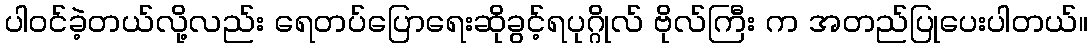
ပါဝင်ခဲ့တယ်လို့လည်း ရေတပ်ပြောရေးဆိုခွင့်ရပုဂ္ဂိုလ် ဗိုလ်ကြီး က အတည်ပြုပေးပါတယ်။